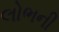
લોભની